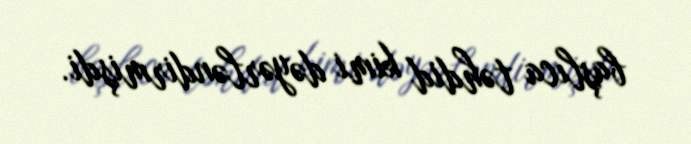
başlıca təhdid kimi dəyərləndirmişdi.